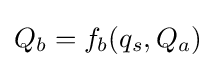
{\textstyle Q_{b}=f_{b}(q_{s},Q_{a})}